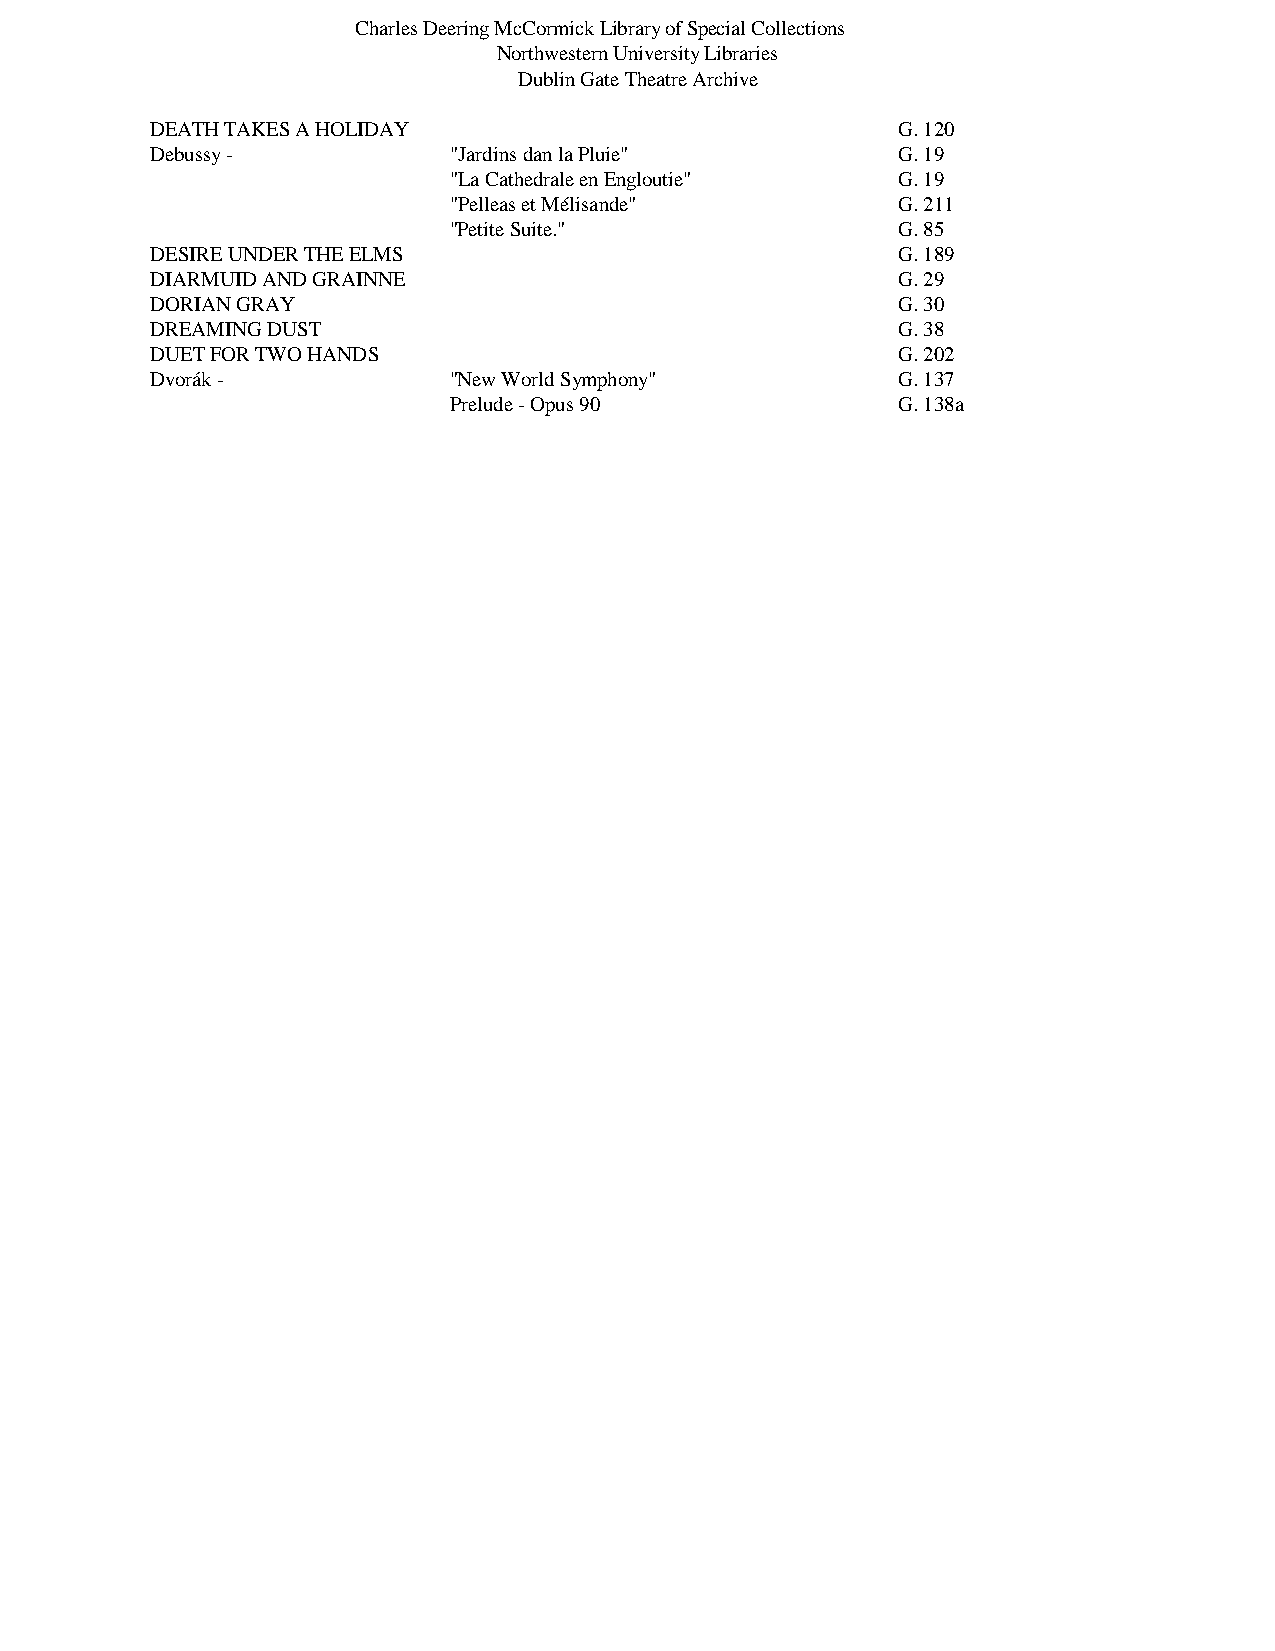
Charles Deering McCormick Library of Special Collections
 Northwestern University Libraries
 Dublin Gate Theatre Archive
 DEATH TAKES A HOLIDAY                            G. 120
 Debussy -           "Jardins dan la Pluie"       G. 19
 "La Cathedrale en Engloutie" G. 19
 "Pelleas et Mélisande"       G. 211
 "Petite Suite."              G. 85
 DESIRE UNDER THE ELMS                            G. 189
 DIARMUID AND GRAINNE                             G. 29
 DORIAN GRAY                                      G. 30
 DREAMING DUST                                    G. 38
 DUET FOR TWO HANDS                               G. 202
 Dvorák -            "New World Symphony"         G. 137
 Prelude - Opus 90            G. 138a